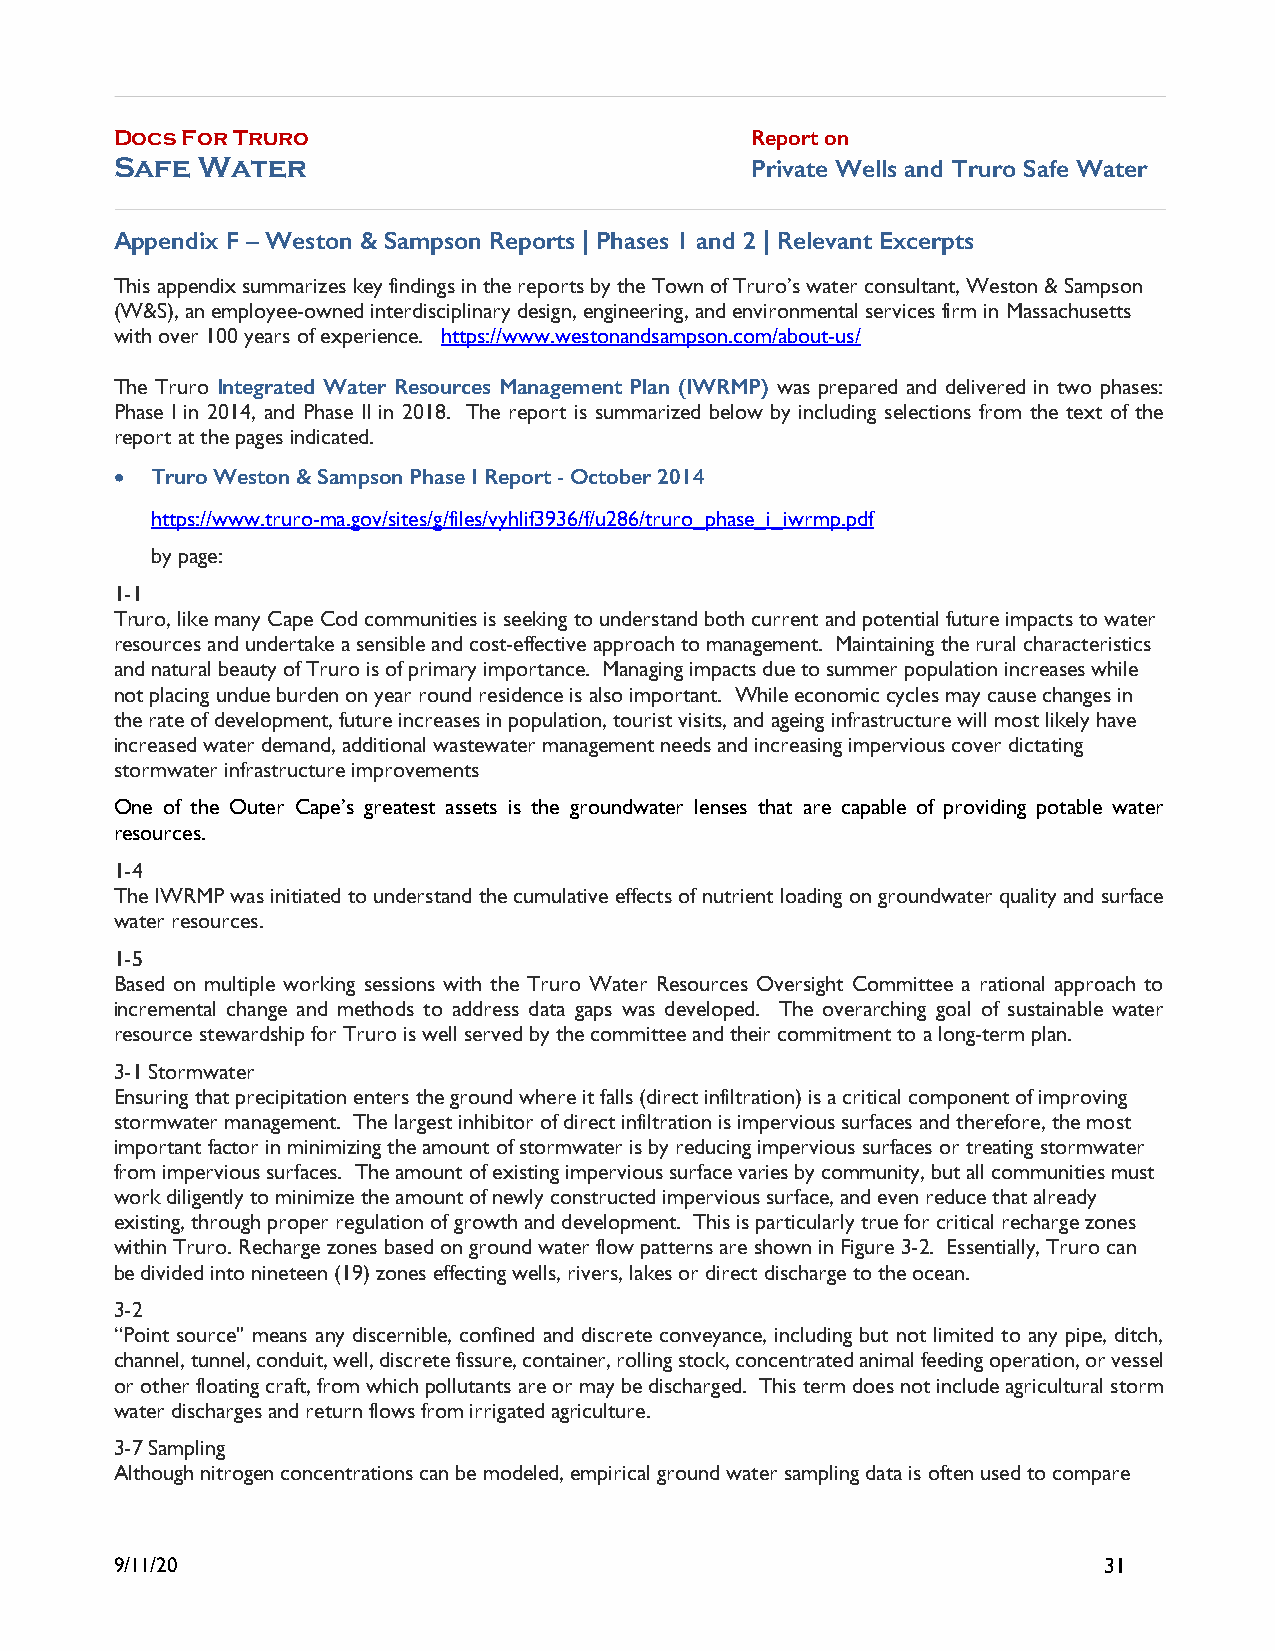
Docs For Truro                            Report on
 Safe Water                                Private Wells and Truro Safe Water
 Appendix F – Weston & Sampson Reports | Phases 1 and 2 | Relevant Excerpts
 This appendix summarizes key findings in the reports by the Town of Truro’s water consultant, Weston & Sampson
 (W&S), an employee-owned interdisciplinary design, engineering, and environmental services firm in Massachusetts
 with over 100 years of experience. https://www.westonandsampson.com/about-us/
 The Truro Integrated Water Resources Management Plan (IWRMP) was prepared and delivered in two phases:
 Phase I in 2014, and Phase II in 2018. The report is summarized below by including selections from the text of the
 report at the pages indicated.
 • Truro Weston & Sampson Phase I Report - October 2014
 https://www.truro-ma.gov/sites/g/files/vyhlif3936/f/u286/truro_phase_i_iwrmp.pdf
 by page:
 1-1
 Truro, like many Cape Cod communities is seeking to understand both current and potential future impacts to water
 resources and undertake a sensible and cost-effective approach to management. Maintaining the rural characteristics
 and natural beauty of Truro is of primary importance. Managing impacts due to summer population increases while
 not placing undue burden on year round residence is also important. While economic cycles may cause changes in
 the rate of development, future increases in population, tourist visits, and ageing infrastructure will most likely have
 increased water demand, additional wastewater management needs and increasing impervious cover dictating
 stormwater infrastructure improvements
 One of the Outer Cape’s greatest assets is the groundwater lenses that are capable of providing potable water
 resources.
 1-4
 The IWRMP was initiated to understand the cumulative effects of nutrient loading on groundwater quality and surface
 water resources.
 1-5
 Based on multiple working sessions with the Truro Water Resources Oversight Committee a rational approach to
 incremental change and methods to address data gaps was developed. The overarching goal of sustainable water
 resource stewardship for Truro is well served by the committee and their commitment to a long-term plan.
 3-1 Stormwater
 Ensuring that precipitation enters the ground where it falls (direct infiltration) is a critical component of improving
 stormwater management. The largest inhibitor of direct infiltration is impervious surfaces and therefore, the most
 important factor in minimizing the amount of stormwater is by reducing impervious surfaces or treating stormwater
 from impervious surfaces. The amount of existing impervious surface varies by community, but all communities must
 work diligently to minimize the amount of newly constructed impervious surface, and even reduce that already
 existing, through proper regulation of growth and development. This is particularly true for critical recharge zones
 within Truro. Recharge zones based on ground water flow patterns are shown in Figure 3-2. Essentially, Truro can
 be divided into nineteen (19) zones effecting wells, rivers, lakes or direct discharge to the ocean.
 3-2
 “Point source" means any discernible, confined and discrete conveyance, including but not limited to any pipe, ditch,
 channel, tunnel, conduit, well, discrete fissure, container, rolling stock, concentrated animal feeding operation, or vessel
 or other floating craft, from which pollutants are or may be discharged. This term does not include agricultural storm
 water discharges and return flows from irrigated agriculture.
 3-7 Sampling
 Although nitrogen concentrations can be modeled, empirical ground water sampling data is often used to compare
 9/11/20                                                          31